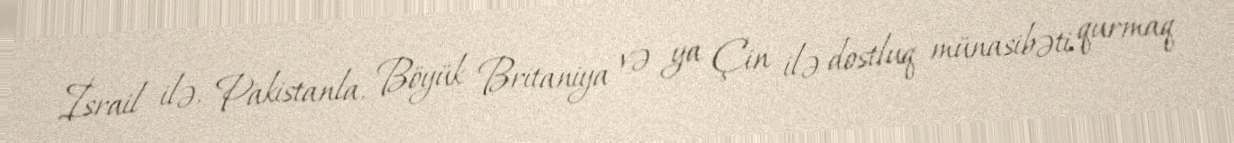
İsrail ilə, Pakistanla, Böyük Britaniya və ya Çin ilə dostluq münasibəti qurmaq